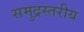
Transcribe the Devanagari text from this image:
समुद्रस्तरीय